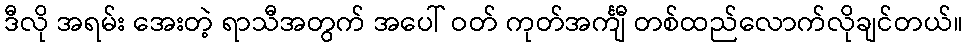
ဒီလို အရမ်း အေးတဲ့ ရာသီအတွက် အပေါ် ဝတ် ကုတ်အင်္ကျီ တစ်ထည်လောက်လိုချင်တယ်။